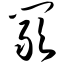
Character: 阚